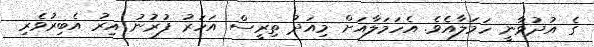
ގެ އުދުވާނީ ހަމަލާއެވެ. އެހަމަލާއަށް މިއަދު ތިރީސް އަހަރު ފުރުނު އިރު އެބިރުވެރި